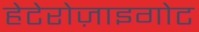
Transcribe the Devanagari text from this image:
हेटेरोज़ाइगोट